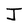
Character: J